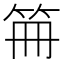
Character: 笧